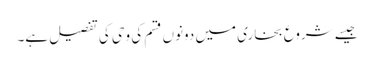
جیسے شروع بخاری میں دونوں قسم کی وحی کی تفصیل ہے۔